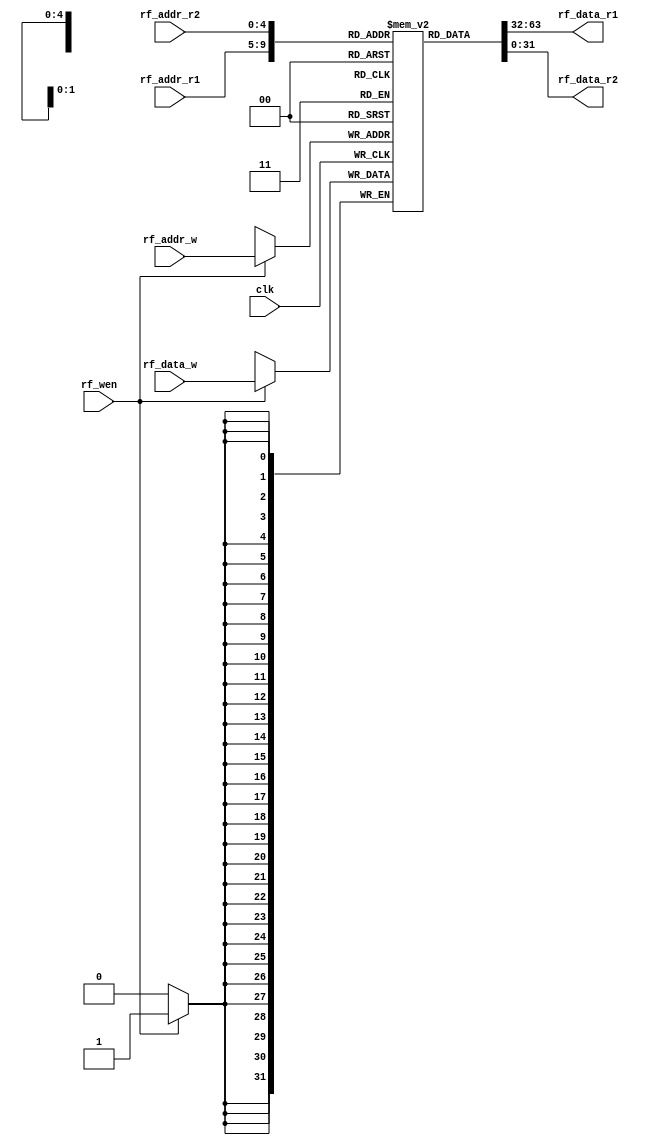
`timescale 1ns / 1ps
///////////////////////
//module: RegFile
//Project name:Yinger
///////////////////////

module RegFile(
input clk,
// 
input rf_wen,
// 
input[4:0] rf_addr_r1,
input[4:0] rf_addr_r2,
// 
input[4:0] rf_addr_w,
input[31:0] rf_data_w,
// 
output[31:0] rf_data_r1,
output[31:0] rf_data_r2
);
reg[31:0] file[31:0];
integer i;
/////////////////////////DEFINE THE REGS AND WIRES////////////////////
initial begin
for(i = 0; i < 32; i=i+1) file[i] = 32'b0;
end
///////////////////////INITIAL////////////////////////////////////////
assign rf_data_r1 = file[rf_addr_r1];
assign rf_data_r2 = file[rf_addr_r2];
///////////////////////READ THE DATA//////////////////////////////////
always@(negedge clk) begin
if (rf_wen) begin
file[rf_addr_w]=rf_data_w;
end
end
///////////////////////WRITE THE DATA/////////////////////////////////
endmodule